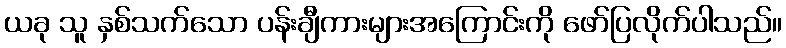
ယခု သူ နှစ်သက်သော ပန်းချီကားများအကြောင်းကို ဖော်ပြလိုက်ပါသည်။